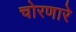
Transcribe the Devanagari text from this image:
चोरणारे